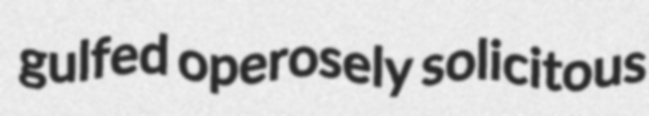
gulfed operosely solicitous